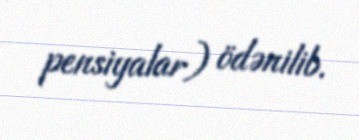
pensiyalar) ödənilib.